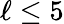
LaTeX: \ell\leq 5